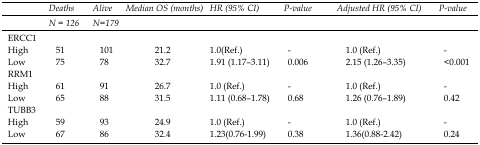
<table><thead><tr><td rowspan="2"></td><td><b>Deaths</b></td><td><b>Alive</b></td><td rowspan="2"><b>Median OS (months)</b></td><td rowspan="2"><b>HR (95% CI)</b></td><td rowspan="2"><b>P-value</b></td><td rowspan="2"><b>Adjusted HR (95% CI)</b></td><td rowspan="2"><b>P-value</b></td></tr><tr><td><b>N = 126</b></td><td><b>N=179</b></td></tr></thead><tbody><tr><td>ERCC1</td><td></td><td></td><td></td><td></td><td></td><td></td><td></td></tr><tr><td>High </td><td>51</td><td>101</td><td>21.2</td><td>1.0(Ref.)</td><td>-</td><td>1.0 (Ref.)</td><td>-</td></tr><tr><td>Low</td><td>75</td><td>78</td><td>32.7</td><td>1.91 (1.17–3.11)</td><td>0.006</td><td>2.15 (1.26–3.35)</td><td>&lt;0.001</td></tr><tr><td>RRM1</td><td></td><td></td><td></td><td></td><td></td><td></td><td></td></tr><tr><td>High </td><td>61</td><td>91</td><td>26.7</td><td>1.0 (Ref.)</td><td>-</td><td>1.0 (Ref.)</td><td>-</td></tr><tr><td>Low</td><td>65</td><td>88</td><td>31.5</td><td>1.11 (0.68–1.78)</td><td>0.68</td><td>1.26 (0.76–1.89)</td><td>0.42</td></tr><tr><td>TUBB3</td><td></td><td></td><td></td><td></td><td></td><td></td><td></td></tr><tr><td>High </td><td>59</td><td>93</td><td>24.9</td><td>1.0 (Ref.)</td><td>-</td><td>1.0 (Ref.)</td><td>-</td></tr><tr><td>Low</td><td>67</td><td>86</td><td>32.4</td><td>1.23(0.76-1.99)</td><td>0.38</td><td>1.36(0.88-2.42)</td><td>0.24</td></tr></tbody></table>